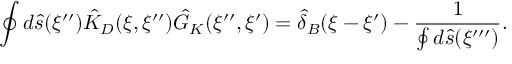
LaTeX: \oint { d } \hat { s } ( \xi ^ { \prime \prime } ) { \hat { K } _ { D } } ( \xi , \xi ^ { \prime \prime } ) { \hat { G } _ { K } } ( \xi ^ { \prime \prime } , \xi ^ { \prime } ) = { \hat { \delta } _ { B } } ( \xi - \xi ^ { \prime } ) - { \frac { 1 } { \oint { d } \hat { s } ( \xi ^ { \prime \prime \prime } ) } } .